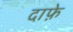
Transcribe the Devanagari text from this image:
दाफ़े